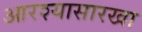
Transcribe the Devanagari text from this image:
आरश्यासारखा